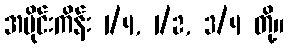
အပိုင်းကိန်း 1/4, 1/2, 3/4 တို့။